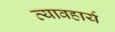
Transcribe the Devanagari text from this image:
व्यावहार्य